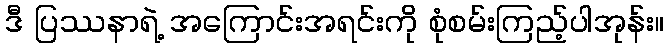
ဒီ ပြဿနာရဲ့ အကြောင်းအရင်းကို စုံစမ်းကြည့်ပါအုန်း။